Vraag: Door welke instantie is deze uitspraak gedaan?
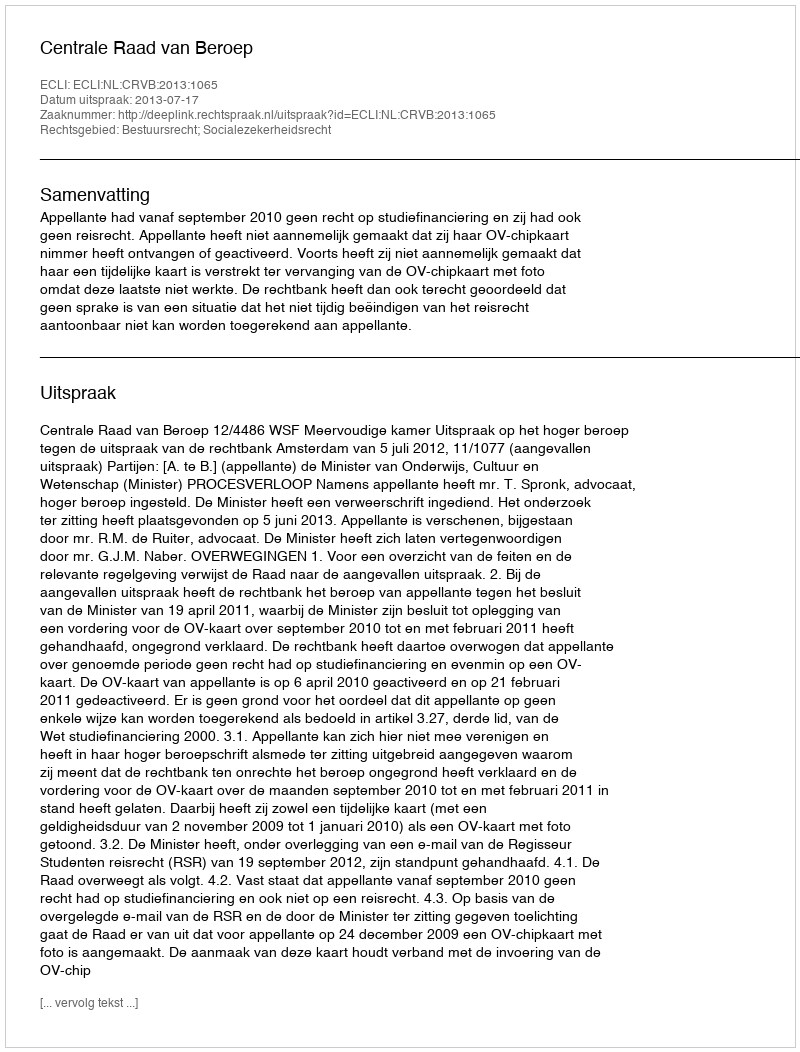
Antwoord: Centrale Raad van Beroep